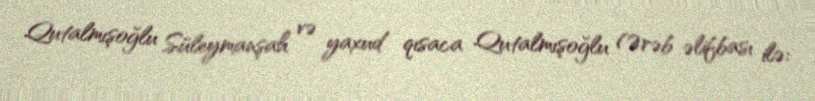
Qutalmışoğlu Süleymanşah və yaxud qısaca Qutalmışoğlu (Ərəb əlifbası ilə: